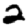
Digit: 2